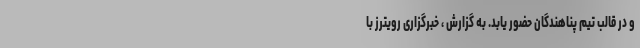
و در قالب تیم پناهندگان حضور یابد. به گزارش ، خبرگزاری رویترز با